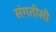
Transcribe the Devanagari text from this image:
संगतीसी